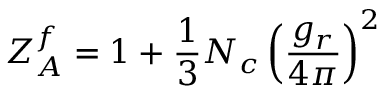
Z _ { A } ^ { f } = 1 + \frac { 1 } { 3 } N _ { c } \left( \frac { g _ { r } } { 4 \pi } \right) ^ { 2 }